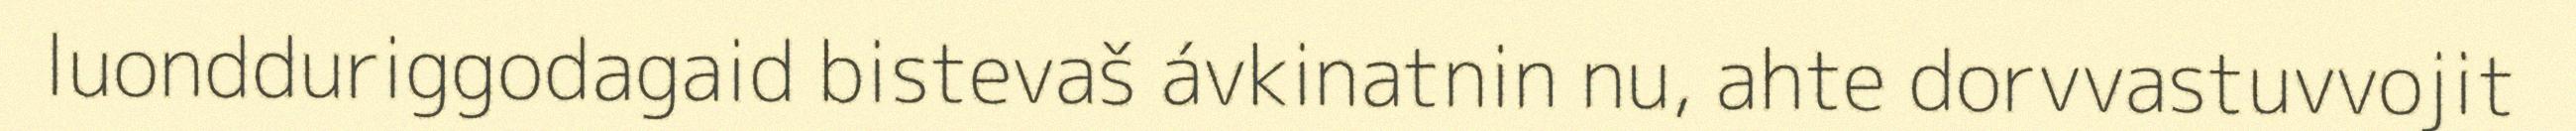
luondduriggodagaid bistevaš ávkinatnin nu, ahte dorvvastuvvojit